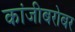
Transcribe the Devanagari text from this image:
कांजीबरोबर